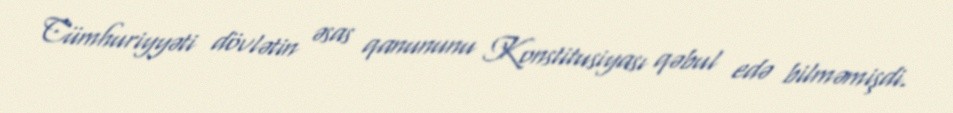
Cümhuriyyəti dövlətin əsas qanununu Konstitusiyası qəbul edə bilməmişdi.